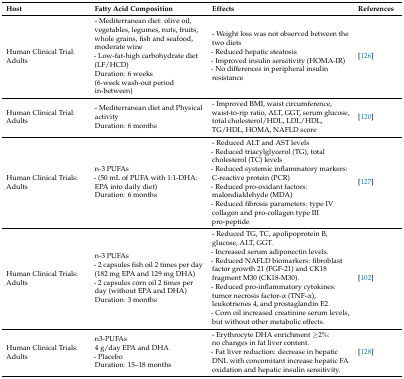
<table><thead><tr><td><b>Host</b></td><td><b>Fatty Acid Composition</b></td><td><b>Effects</b></td><td><b>References</b></td></tr></thead><tbody><tr><td>Human Clinical Trial: Adults</td><td>- Mediterranean diet: olive oil, vegetables, legumes, nuts, fruits, whole grains, fish and seafood, moderate wine- Low-fat-high carbohydrate diet (LF/HCD)Duration: 6 weeks(6-week wash-out period in-between)</td><td>- Weight loss was not observed between the two diets- Reduced hepatic steatosis- Improved insulin sensitivity (HOMA-IR)- No differences in peripheral insulin resistance</td><td>[126]</td></tr><tr><td>Human Clinical Trial: Adults</td><td>- Mediterranean diet and Physical activityDuration: 6 months</td><td>- Improved BMI, waist circumference, waist-to-rip ratio, ALT, GGT, serum glucose, total cholesterol/HDL, LDL/HDL, TG/HDL, HOMA, NAFLD score</td><td>[120]</td></tr><tr><td>Human Clinical Trials: Adults</td><td>n-3 PUFAs- (50 mL of PUFA with 1:1-DHA: EPA into daily diet)Duration: 6 months</td><td>- Reduced ALT and AST levels- Reduced triacylglycerol (TG), total cholesterol (TC) levels- Reduced systemic inflammatory markers: C-reactive protein (PCR)- Reduced pro-oxidant factors: malondialdehyde (MDA)- Reduced fibrosis parameters: type IV collagen and pro-collagen type III pro-peptide</td><td>[127]</td></tr><tr><td>Human Clinical Trials: Adults</td><td>n-3 PUFAs- 2 capsules fish oil 2 times per day (182 mg EPA and 129 mg DHA)- 2 capsules corn oil 2 times per day (without EPA and DHA)Duration: 3 months</td><td>- Reduced TG, TC, apolipoprotein B, glucose, ALT, GGT.- Increased serum adiponectin levels.- Reduced NAFLD biomarkers: fibroblast factor growth 21 (FGF-21) and CK18 fragment M30 (CK18-M30).- Reduced pro-inflammatory cytokines: tumor necrosis factor-α (TNF-α), leukotrienes 4, and prostaglandin E2.- Corn oil increased creatinine serum levels, but without other metabolic effects.</td><td>[102]</td></tr><tr><td>Human Clinical Trials: Adults</td><td>n3-PUFAs4 g/day EPA and DHA- PlaceboDuration: 15–18 months</td><td>- Erythrocyte DHA enrichment ≥2%: no changes in fat liver content.- Fat liver reduction: decrease in hepatic DNL with concomitant increase hepatic FA oxidation and hepatic insulin sensitivity.</td><td>[128]</td></tr></tbody></table>